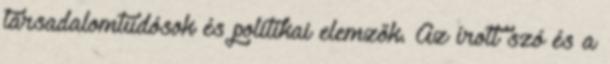
társadalomtudósok és politikai elemzők. Az írott szó és a